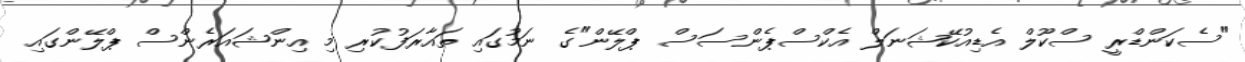
"ސެކަންޑްރީ ސްކޫލް އެޑިއުކޭޝަނަލް އެކްސްޕެންސަސް ޕްލޭން"ގެ ނަމުގައި ތައާރަފުކުރި މި އިންޝައަރެންސް ޕްލޭންގައި